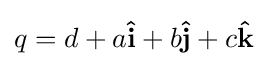
q=d+a\mathbf {\hat {i}} +b\mathbf {\hat {j}} +c\mathbf {\hat {k}}